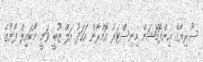
ސޫރިޔާގެ އިންފޮމޭޝަން މިނިސްޓަރު އޮމްރާން އަހަދު އަލް ޒޫބީ ވަނީ މޯބައިލް ފޯނުގެ